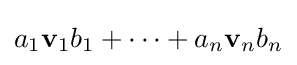
a_{1}\mathbf {v} _{1}b_{1}+\cdots +a_{n}\mathbf {v} _{n}b_{n}